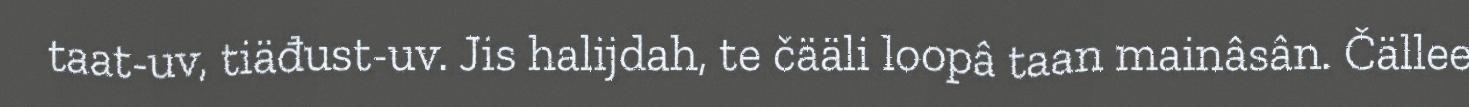
taat-uv, tiäđust-uv. Jis halijdah, te čääli loopâ taan mainâsân. Čällee